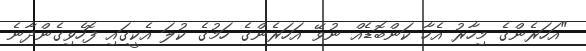
"އަހަރެންގެ މިހާރު އެހާ ކަންބޮޑެއް ނުވޭ އަހަރެންގެ ހަމުގެ ކުލަ އެކީގައި ފޮހެވިގެންދާނެ